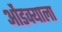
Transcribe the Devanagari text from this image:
ओंडक्याला